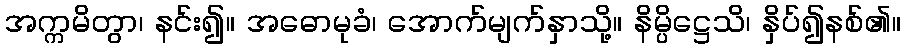
အက္ကမိတွာ၊ နင်း၍။ အဓောမုခံ၊ အောက်မျက်နှာသို့။ နိမ္ပိဋ္ဌေသိ၊ နှိပ်၍နစ်၏။